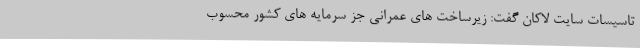
تاسیسات سایت لاکان گفت: زیرساخت های عمرانی جز سرمایه های کشور محسوب